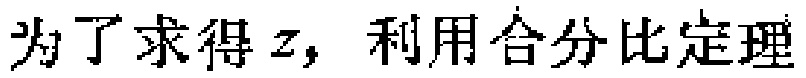
为了求得\(z\)，利用合分比定理